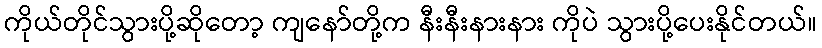
ကိုယ်တိုင်သွားပို့ဆိုတော့ ကျနော်တို့က နီးနီးနားနား ကိုပဲ သွားပို့ပေးနိုင်တယ်။